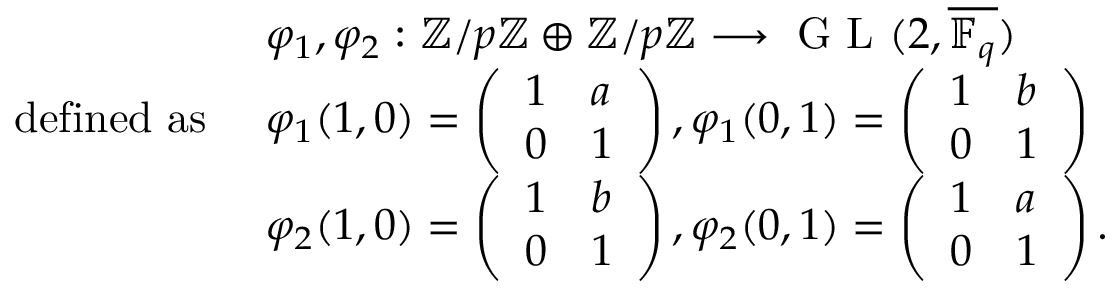
\begin{array} { r l } & { \varphi _ { 1 } , \varphi _ { 2 } : \ensuremath { \mathbb { Z } } / p \ensuremath { \mathbb { Z } } \oplus \ensuremath { \mathbb { Z } } / p \ensuremath { \mathbb { Z } } \longrightarrow \textup { G L } ( 2 , \overline { { \mathbb { F } _ { q } } } ) } \\ { \mathrm { d e f i n e d ~ a s ~ } } & { \varphi _ { 1 } ( 1 , 0 ) = \left( \begin{array} { l l } { 1 } & { a } \\ { 0 } & { 1 } \end{array} \right) , \varphi _ { 1 } ( 0 , 1 ) = \left( \begin{array} { l l } { 1 } & { b } \\ { 0 } & { 1 } \end{array} \right) } \\ & { \varphi _ { 2 } ( 1 , 0 ) = \left( \begin{array} { l l } { 1 } & { b } \\ { 0 } & { 1 } \end{array} \right) , \varphi _ { 2 } ( 0 , 1 ) = \left( \begin{array} { l l } { 1 } & { a } \\ { 0 } & { 1 } \end{array} \right) . } \end{array}